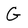
Character: G